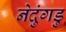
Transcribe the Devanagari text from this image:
नेदुंगडु